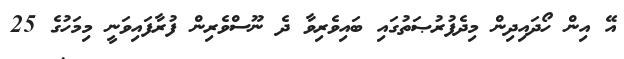
އޭ އިން ހޯދައިދިން މިދެފުރުޞަތުގައި ބައިވެރިވާ ދެ ނޫސްވެރިން ފުރާފައިވަނީ މިމަހުގެ 25